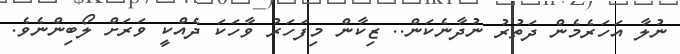
ނުލާ އަހަރެމެން ދަތުރު ނުދާނެކަން.. ޒިކާން މިފަހަރު ވާހަކަ ދެއްކީ ވަރަށް ލޯބިންނެވެ.